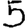
Digit: 5